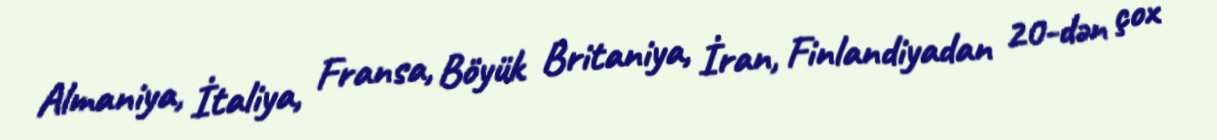
Almaniya, İtaliya, Fransa, Böyük Britaniya, İran, Finlandiyadan 20-dən çox